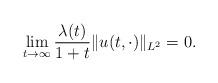
LaTeX: \begin{align*} \lim_{t\to\infty} \frac{\lambda(t)}{1+t} \|u(t,\cdot)\|_{L^2} = 0.\end{align*}